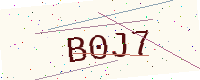
Text: B0J7